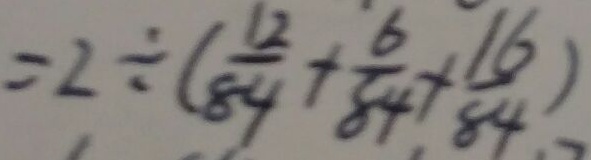
= 2 \div ( \frac { 1 2 } { 8 4 } + \frac { 6 } { 8 4 } + \frac { 1 6 } { 8 4 } )